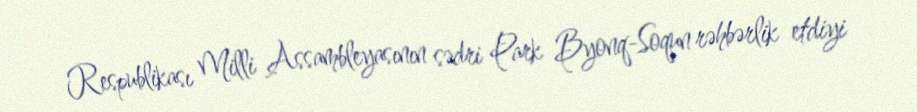
Respublikası Milli Assambleyasının sədri Park Byonq-Soqun rəhbərlik etdiyi